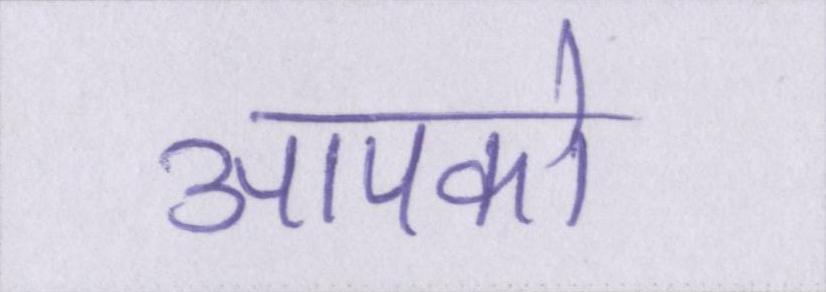
आपको